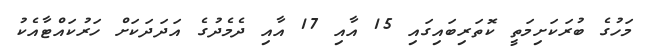
މަހުގެ ބުރަކަށިމަތީ ކޮތަރިބައިގައި 15 އާއި 17 އާއި ދެމެދުގެ އަދަދަކަށް ހަރުކައްޓާއެކު